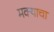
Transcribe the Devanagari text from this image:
मक्याचा